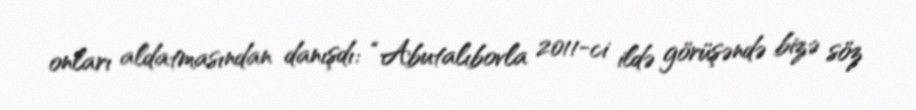
onları aldatmasından danışdı: “Abutalıbovla 2011-ci ildə görüşəndə bizə söz